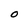
Character: O